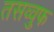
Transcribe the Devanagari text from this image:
तसव्‍वुफ